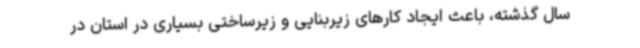
سال گذشته، باعث ایجاد کارهای زیربنایی و زیرساختی بسیاری در استان در